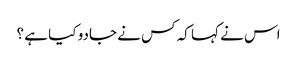
اس نے کہا کہ کس نے جادو کیا ہے ؟